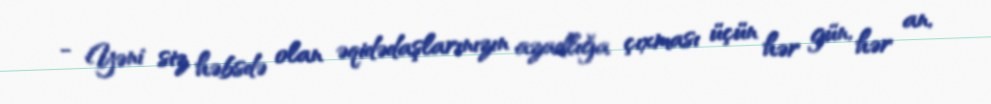
- Yəni siz həbsdə olan əqidədaşlarınızın azadlığa çıxması üçün hər gün, hər an,